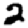
Digit: 2